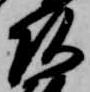
頭